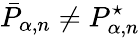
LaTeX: \bar{P}_{\alpha,n}\neq P_{\alpha,n}^{\star}